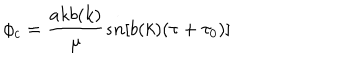
\phi _ { c } = \frac { a k b ( k ) } { \mu } s n [ b ( k ) ( \tau + \tau _ { 0 } ) ]